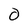
Character: 0